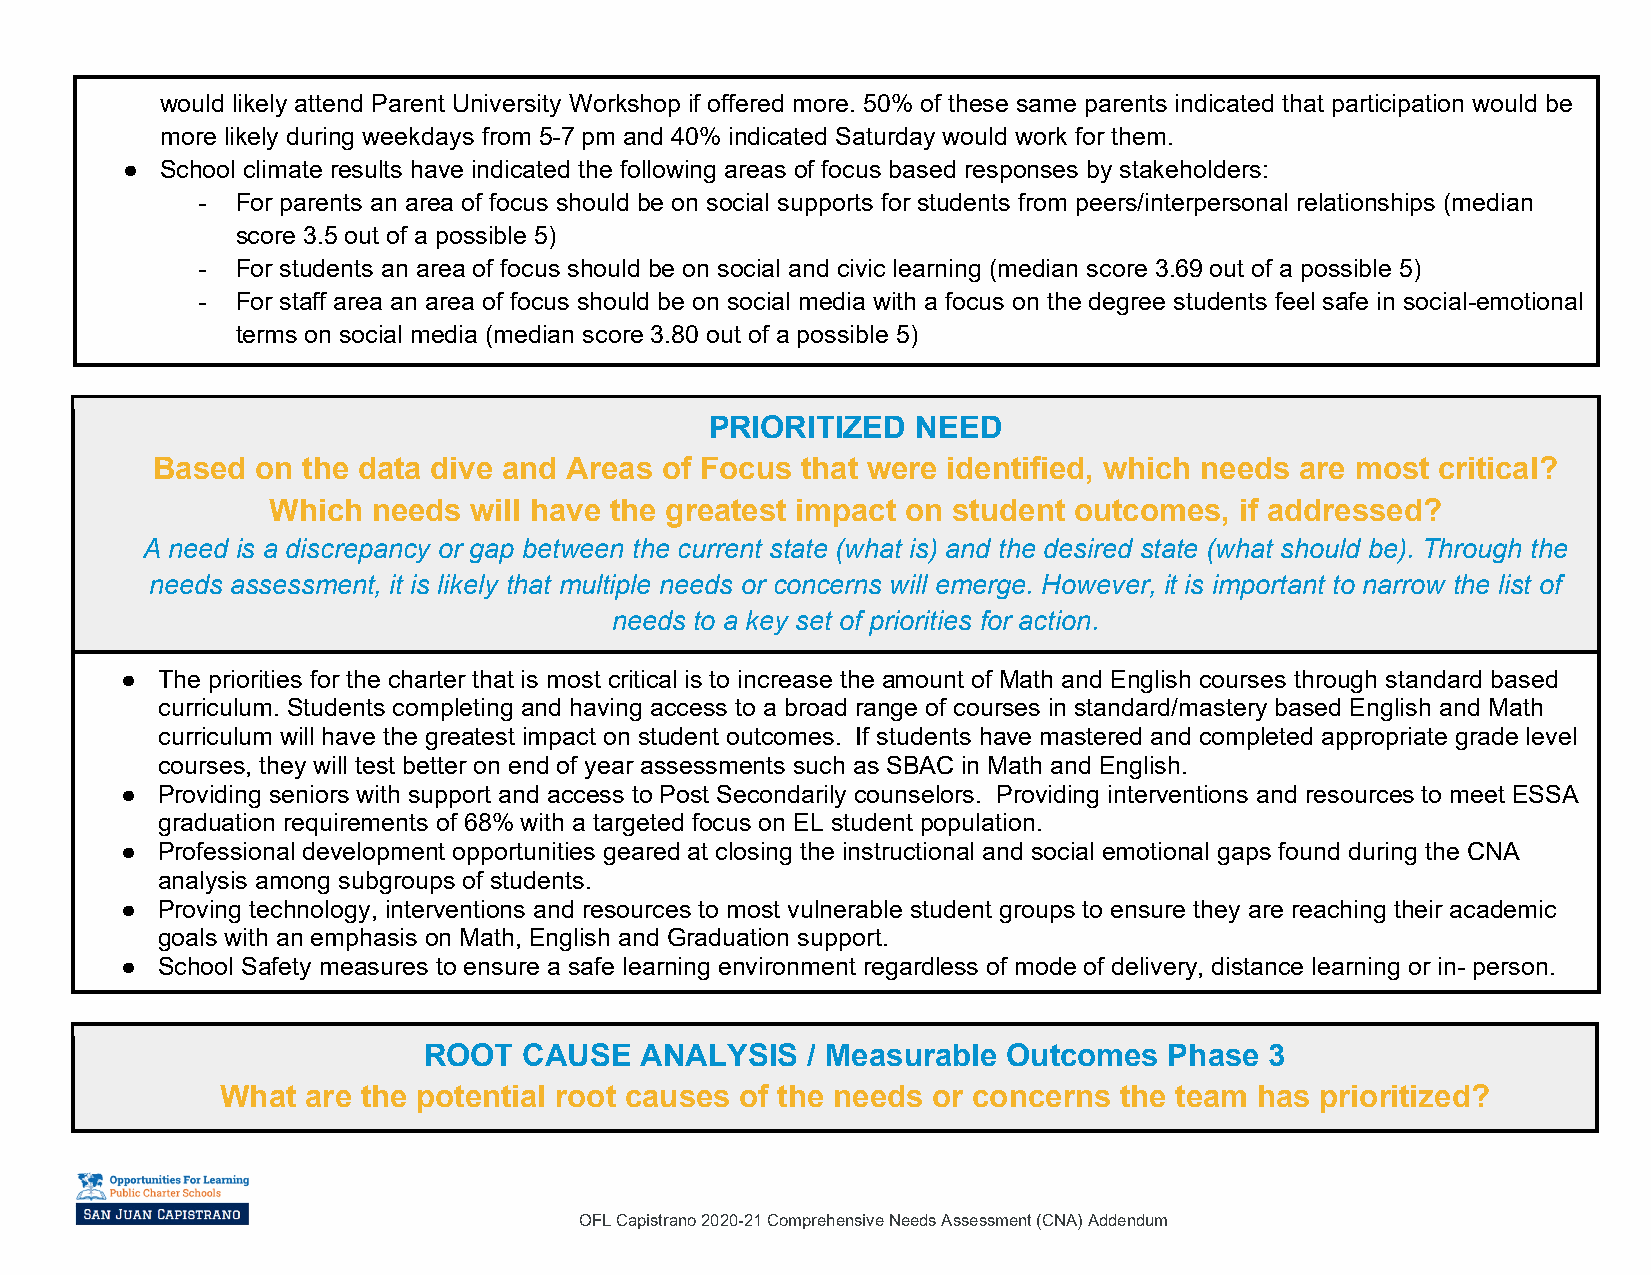
would likely attend Parent University Workshop if offered more. 50% of these same parents indicated that participation would be
 more likely during weekdays from 5-7 pm and 40% indicated Saturday would work for them.
 ●  School climate results have indicated the following areas of focus based responses by stakeholders:
 -  For parents an area of focus should be on social supports for students from peers/interpersonal relationships (median
 score 3.5 out of a possible 5)
 -  For students an area of focus should be on social and civic learning (median score 3.69 out of a possible 5)
 -  For staff area an area of focus should be on social media with a focus on the degree students feel safe in social-emotional
 terms on social media (median score 3.80 out of a possible 5)
 PRIORITIZED   NEED
 Based  on the data dive and Areas of Focus that were identified, which needs are most critical?
 Which  needs will have the greatest impact on student outcomes, if addressed?
 A need is a discrepancy or gap between the current state (what is) and the desired state (what should be). Through the
 needs assessment, it is likely that multiple needs or concerns will emerge. However, it is important to narrow the list of
 needs to a key set of priorities for action.
 ● The priorities for the charter that is most critical is to increase the amount of Math and English courses through standard based
 curriculum. Students completing and having access to a broad range of courses in standard/mastery based English and Math
 curriculum will have the greatest impact on student outcomes. If students have mastered and completed appropriate grade level
 courses, they will test better on end of year assessments such as SBAC in Math and English.
 ● Providing seniors with support and access to Post Secondarily counselors. Providing interventions and resources to meet ESSA
 graduation requirements of 68% with a targeted focus on EL student population.
 ● Professional development opportunities geared at closing the instructional and social emotional gaps found during the CNA
 analysis among subgroups of students.
 ● Proving technology, interventions and resources to most vulnerable student groups to ensure they are reaching their academic
 goals with an emphasis on Math, English and Graduation support.
 ● School Safety measures to ensure a safe learning environment regardless of mode of delivery, distance learning or in- person.
 ROOT   CAUSE  ANALYSIS   / Measurable  Outcomes  Phase  3
 What are the potential root causes of the needs or concerns the team has prioritized?
 OFL Capistrano 2020-21 Comprehensive Needs Assessment (CNA) Addendum